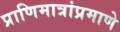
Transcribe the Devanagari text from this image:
प्राणिमात्रांप्रमाणे